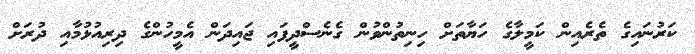
ކަރުނައިގެ ތެރެއިން ކަމީލާގެ ހަޔާތަށް ހިނިތުންވުން ގެނެސްދީފައި ޖައިދަން އެމީހުންގެ ދިރިއުޅުމާއި ދުރަށް